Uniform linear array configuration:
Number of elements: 48
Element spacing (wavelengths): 0.25
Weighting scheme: exponential
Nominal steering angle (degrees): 0
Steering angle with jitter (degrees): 0.9654
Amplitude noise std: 0.05
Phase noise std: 0.05

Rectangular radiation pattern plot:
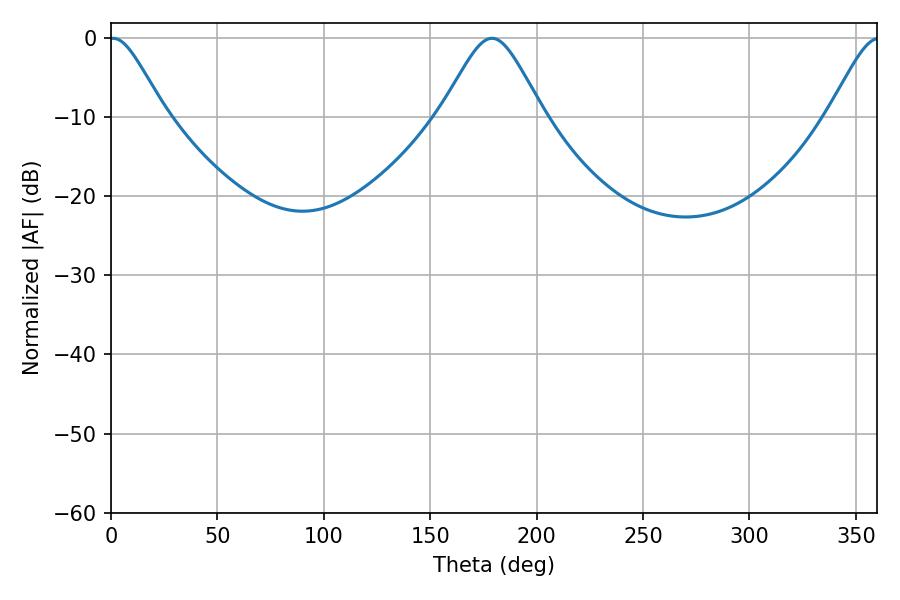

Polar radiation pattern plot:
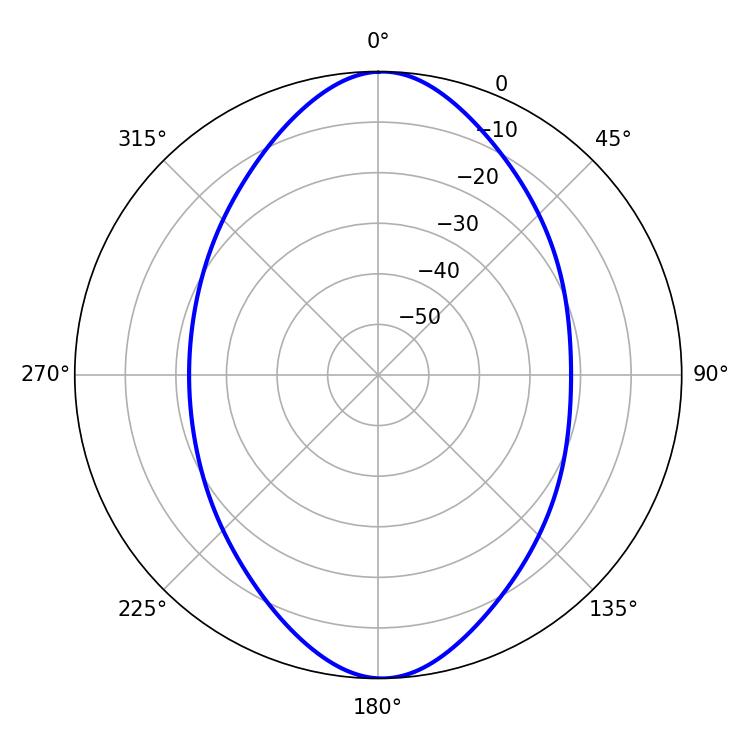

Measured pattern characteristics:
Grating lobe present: FALSE
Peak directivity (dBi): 19.159
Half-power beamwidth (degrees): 12.78
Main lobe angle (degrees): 0.9